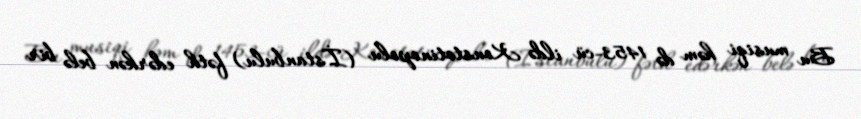
Bu musiqi həm də 1453-cü ildə Konstotinopolu (İstanbulu) fəth edərkən belə bir